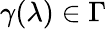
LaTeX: \gamma(\lambda)\in\Gamma